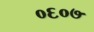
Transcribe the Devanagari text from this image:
०६०७